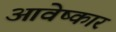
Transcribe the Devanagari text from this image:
आवेष्कार